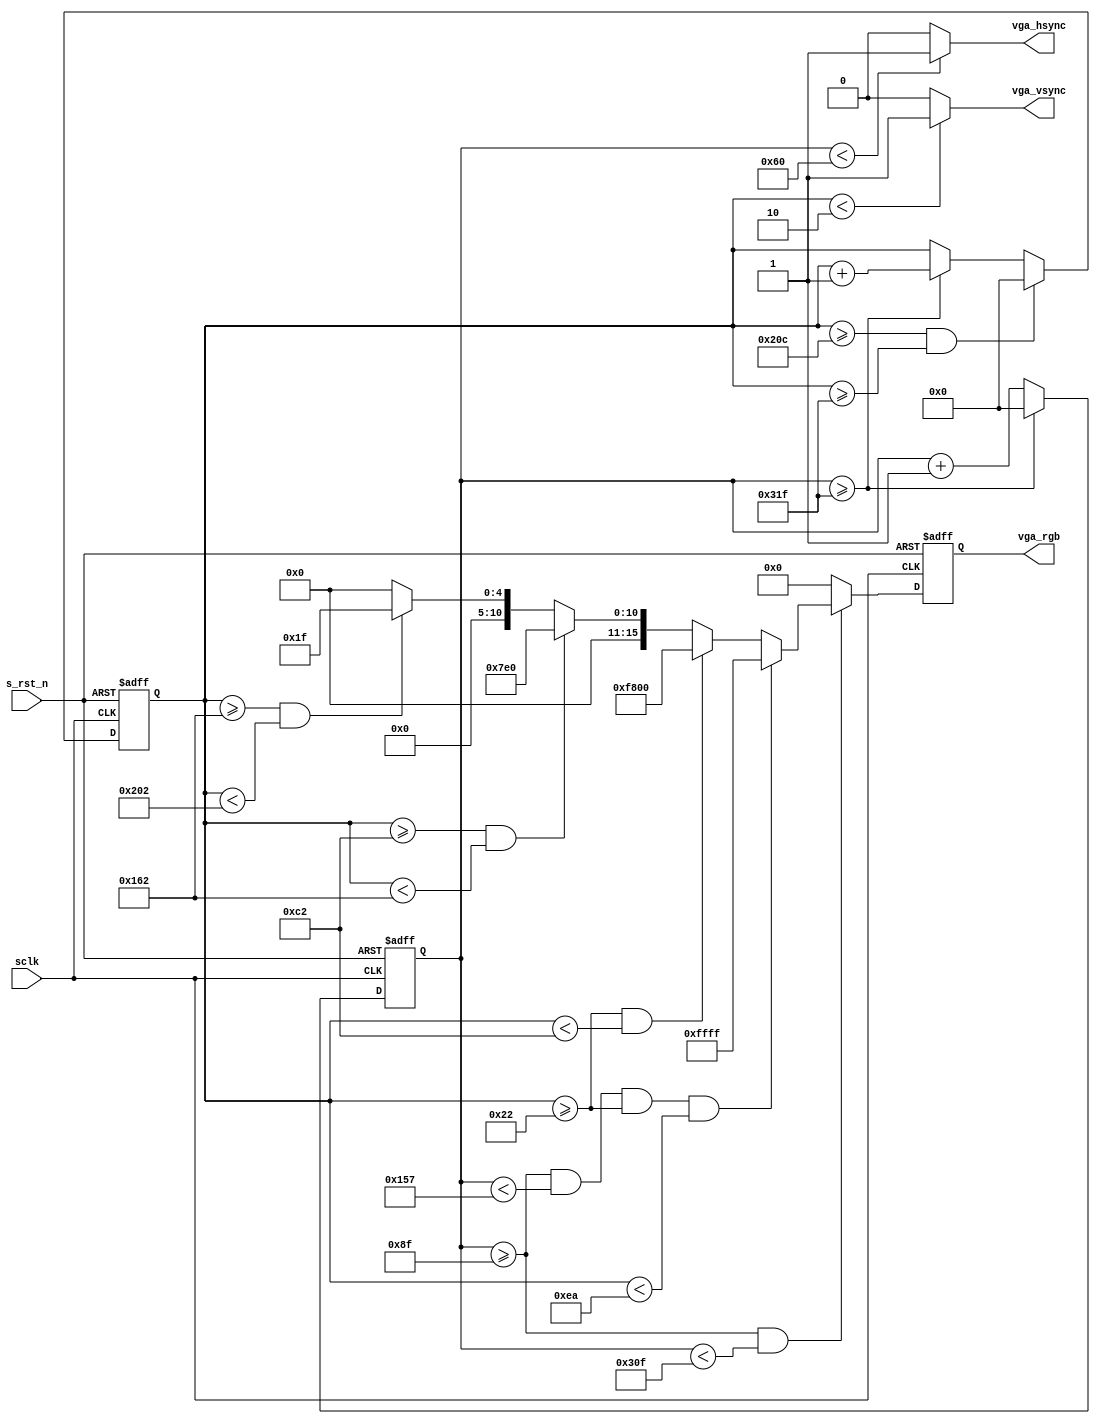
module  vga_drive(
        //system    signals
        input                   sclk                    ,
        input                   s_rst_n                 ,
        //VGA
        output      wire        vga_hsync               ,
        output      wire        vga_vsync               ,
        output      reg [15:0] vga_rgb                 

);
//=========================================================================================//
//****************      Define parameter and internal signals        **********************//
//=========================================================================================//
//640x480x

localparam                  H_TOTAL_TIME    =       800     ;
localparam                  H_ADDR_TIME     =       640     ;
localparam                  H_SYNC_TIME     =       96      ;
localparam                  H_BACK_PORCH    =       40      ;
localparam                  H_LEFT_BORDER   =       8       ; 

localparam                  V_TOTAL_TIME    =       525     ;
localparam                  V_ADDR_TIME     =       480     ;
localparam                  V_SYNC_TIME     =       2       ;
localparam                  V_BACK_PORCH    =       25      ;
localparam                  V_TOP_BORDER    =       8       ;
localparam                  SQUARE_SIZE     =       200     ;
reg         [ 9:0]          cnt_h                       ;
reg         [ 9:0]          cnt_v                       ;


//============================================================================================//
//**********************          MAIN    CODE              **********************************//
//============================================================================================//
always  @(posedge sclk or negedge s_rst_n)  begin
        if(!s_rst_n)
                cnt_h   <=      'd0;
        else if(cnt_h   >=  (H_TOTAL_TIME -1 ))
                cnt_h   <=      'd0;
        else
                cnt_h   <=      cnt_h   +   1'b1;
end


always  @(posedge sclk or negedge s_rst_n)  begin
        if(!s_rst_n)
                cnt_v   <=      'd0;
        else if(cnt_v   >=  (V_TOTAL_TIME -1 ) && cnt_v >= (H_TOTAL_TIME - 1))
                cnt_v   <=      'd0;
        else if(cnt_h >= (H_TOTAL_TIME - 1))
                cnt_v   <=      cnt_v   +   1'b1;
end

always  @(posedge sclk or negedge s_rst_n)  begin
        if(!s_rst_n)
                vga_rgb <=      'd0;
        else if(cnt_h >= (H_SYNC_TIME +H_BACK_PORCH + H_LEFT_BORDER - 1) && cnt_h < (H_SYNC_TIME + H_BACK_PORCH  + H_LEFT_BORDER + H_ADDR_TIME - 1))  begin
                if( cnt_h >=( H_SYNC_TIME + H_BACK_PORCH + H_LEFT_BORDER - 1) && cnt_h <( H_SYNC_TIME + H_BACK_PORCH + H_LEFT_BORDER + SQUARE_SIZE - 1 ) &&
                    cnt_v >=( V_SYNC_TIME + V_BACK_PORCH + V_TOP_BORDER - 1) && cnt_v <( V_SYNC_TIME + V_BACK_PORCH + V_TOP_BORDER  + SQUARE_SIZE - 1 ))
                        vga_rgb     <=      16'hffff;
                else if( cnt_v >=( V_SYNC_TIME + V_BACK_PORCH + V_TOP_BORDER - 1) && cnt_v <( V_SYNC_TIME + V_BACK_PORCH + V_TOP_BORDER + 159 ))
                        vga_rgb     <=      {5'h1f,11'h0};          //red
                    
                else if( cnt_v >=( V_SYNC_TIME + V_BACK_PORCH + V_TOP_BORDER + 159) && cnt_v <( V_SYNC_TIME + V_BACK_PORCH + V_TOP_BORDER + 319 ))
                        vga_rgb     <=      {5'h0,6'h3f,5'h0};      //green
                            
                else if( cnt_v >=( V_SYNC_TIME + V_BACK_PORCH + V_TOP_BORDER + 319) && cnt_v <(  V_SYNC_TIME + V_BACK_PORCH + V_TOP_BORDER + 479 ))
                        vga_rgb     <=      {5'h0,6'h00,5'h1f};      //blue
                else
                        vga_rgb     <=      16'h0;
        end
        else
                vga_rgb     <=  16'h0;
end

assign  vga_hsync       =       (cnt_h < H_SYNC_TIME) ? 1'b1 : 1'b0 ;
assign  vga_vsync       =       (cnt_v < V_SYNC_TIME) ? 1'b1 : 1'b0 ;

endmodule